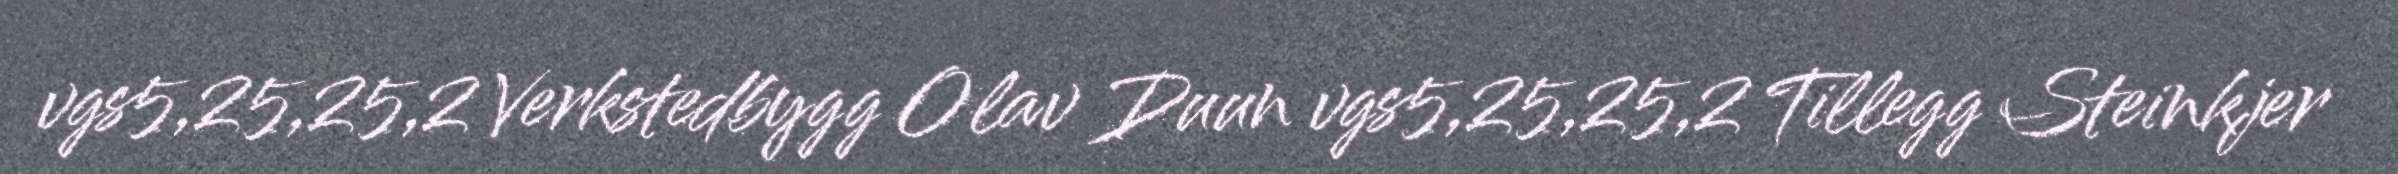
vgs5,25,25,2 Verkstedbygg Olav Duun vgs5,25,25,2 Tillegg Steinkjer